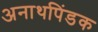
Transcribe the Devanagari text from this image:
अनाथपिंडक